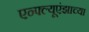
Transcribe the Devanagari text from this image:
एन्फ्ल्यूएंझाच्या